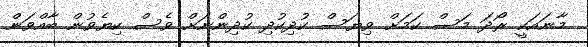
މާނައަކީ ރޯދަ މަސް ކަމަށް ވިޔަސް ކުދިކުދި ކުދިންނަށް ވެސް ކިޔެވުން ބާއްވަން